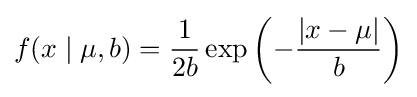
f(x\mid \mu ,b)={\frac {1}{2b}}\exp \left(-{\frac {|x-\mu |}{b}}\right)\,\!